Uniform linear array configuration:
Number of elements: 32
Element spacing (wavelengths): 0.75
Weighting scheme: kaiser
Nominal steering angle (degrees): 60
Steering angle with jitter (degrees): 61.224
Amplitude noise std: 0.05
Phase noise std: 0.05

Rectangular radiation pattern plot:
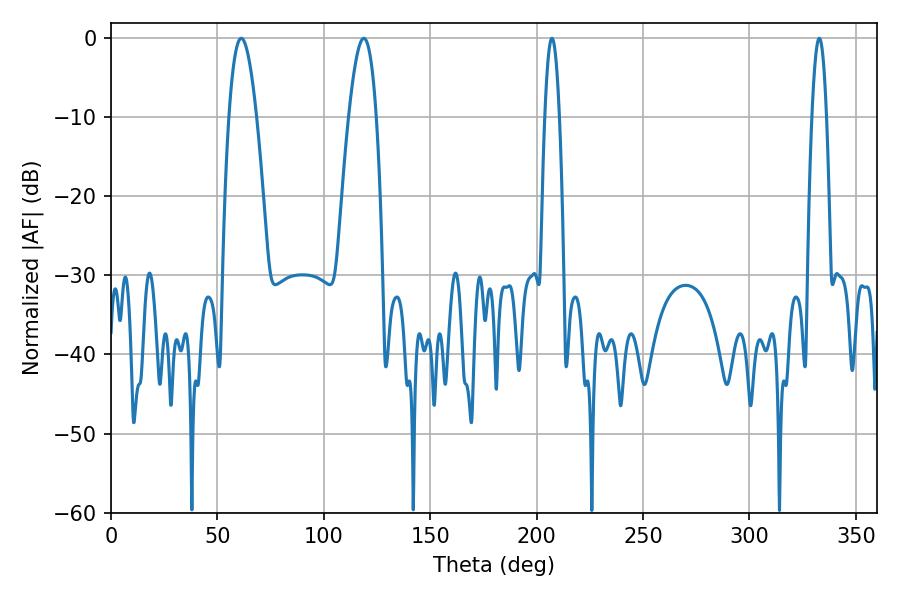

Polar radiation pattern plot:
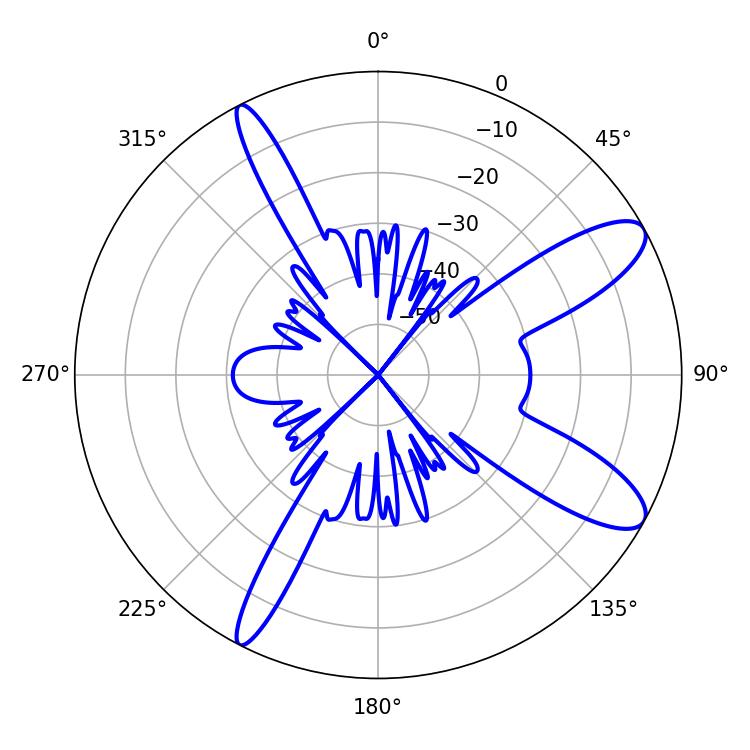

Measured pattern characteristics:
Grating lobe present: TRUE
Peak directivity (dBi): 10.695
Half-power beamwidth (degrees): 7.02
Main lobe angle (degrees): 61.2